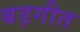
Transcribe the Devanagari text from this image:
बड़गीत